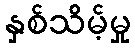
နှစ်သိမ့်မှု